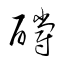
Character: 釂